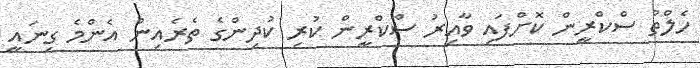
ހެލްތު ސްކްރީން ކޮށްފައި ވާއިރު ސްކްރީން ކުރި ކުދިންގެ ތެރެއިން އެންމެ ގިނައީ